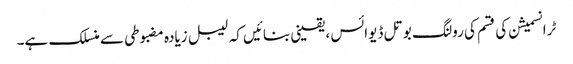
ٹرانسمیشن کی قسم کی رولنگ بوتل ڈیوائس ، یقینی بنائیں کہ لیبل زیادہ مضبوطی سے منسلک ہے۔